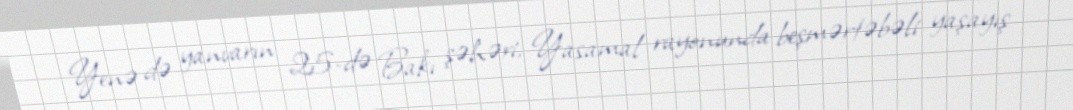
Yenə də yanvarın 25-də Bakı şəhəri, Yasamal rayonunda beşmərtəbəli yaşayış